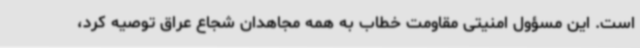
است. این مسؤول امنیتی مقاومت خطاب به همه مجاهدان شجاع عراق توصیه کرد،